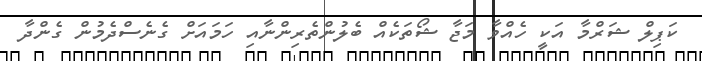
ކަޕިލް ޝަރްމާ އަކީ ހެއްވާ މަޖާ ޝޯތަކެއް ބެލުންތެރިންްނާއި ހަމައަށް ގެނެސްދެމުން ގެންދާ